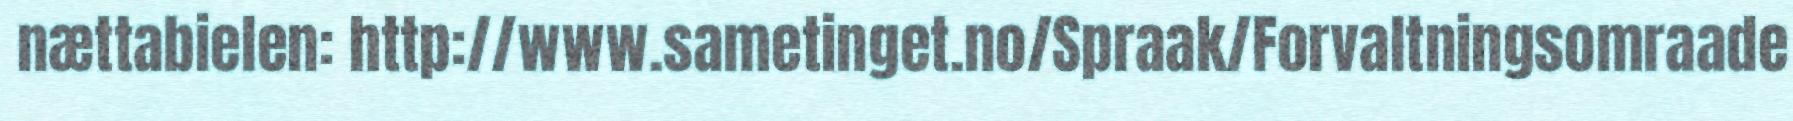
nættabielen: http://www.sametinget.no/Spraak/Forvaltningsomraade